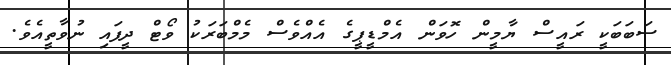
ސަބަބަކީ ރައީސް ޔާމީން ހޮވަން އެމްޑީޕީގެ އެއްވެސް މެމްބަރަކު ވޯޓް ދީފައި ނުވާތީއެވެ.